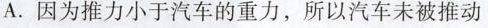
A.因为推力小于汽车的重力，所以汽车未被推动